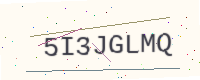
Text: 5I3JGLMQ